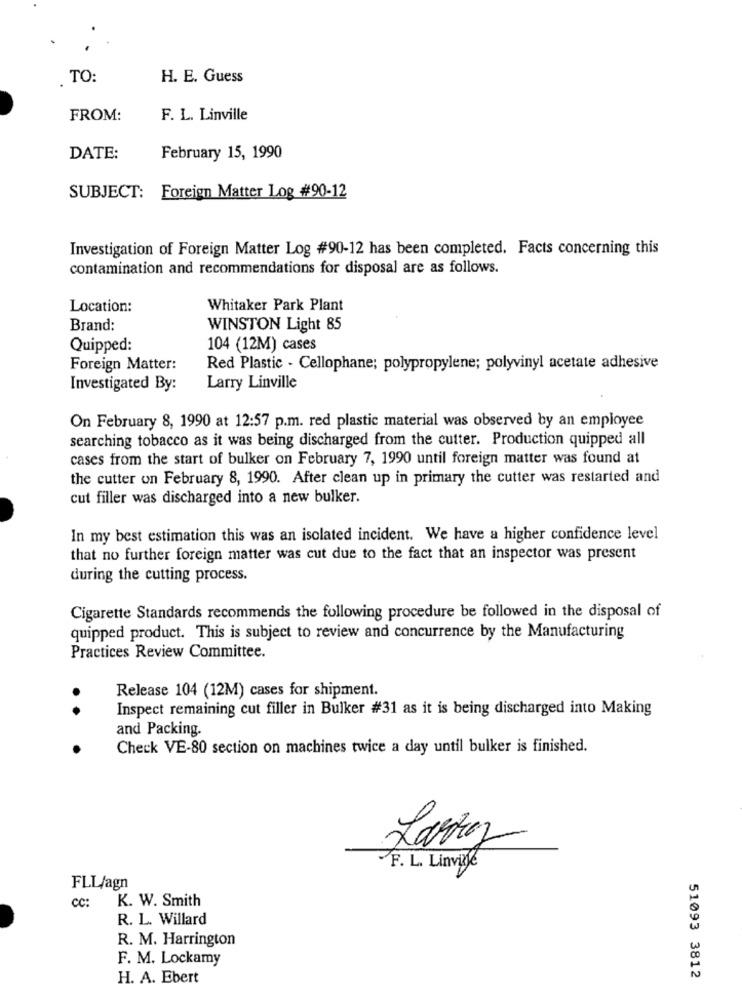
TO:
H. E. Guess
FROM:
F. L. Linville
DATE:
February 15, 1990
SUBJECT: Foreign Matter Log #90-12
Investigation of Foreign Matter Log #90-12 has been completed. Facts concerning this
contamination and recommendations for disposal are as follows.
Location:
Whitaker Park Plant
Brand:
WINSTON Light 85
Quipped:
104 (12M) cases
Foreign Matter:
Red Plastic - Cellophane; polypropylene; polyvinyl acetate adhesive
Investigated By:
Larry Linville
On February 8, 1990 at 12:57 p.m. red plastic material was observed by an employee
searching tobacco as it was being discharged from the cutter. Production quipped all
cases from the start of bulker on February 7, 1990 until foreign matter was found at
the cutter on February 8, 1990. After clean up in primary the cutter was restarted and
cut filler was discharged into a new bulker.
In my best estimation this was an isolated incident. We have a higher confidence level
that no further foreign matter was cut due to the fact that an inspector was present
during the cutting process.
Cigarette Standards recommends the following procedure be followed in the disposal of
quipped product. This is subject to review and concurrence by the Manufacturing
Practices Review Committee.
Release 104 (12M) cases for shipment.
. .
Inspect remaining cut filler in Bulker #31 as it is being discharged into Making
and Packing.
Check VE-80 section on machines twice a day until bulker is finished.
Larry
F. L. Linville
FLL/agn
cc:
K. W. Smith
R. L. Willard
R. M. Harrington
F. M. Lockamy
H. A. Ebert
51093 3812